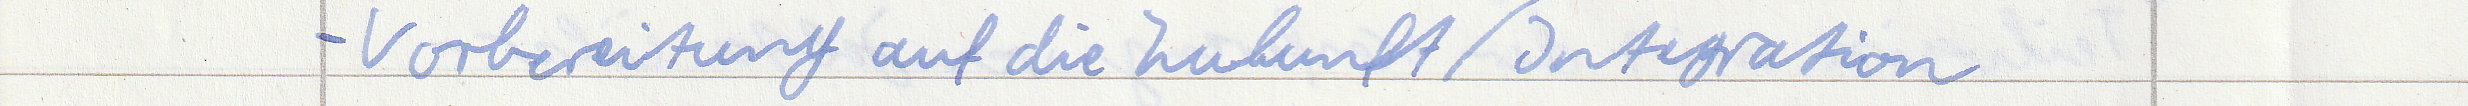
- Vorbereitung auf die Zukunft / Integration